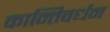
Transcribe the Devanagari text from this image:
कान्तिवर्धन